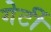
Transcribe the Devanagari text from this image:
गेर्टी